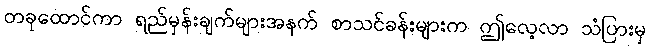
တခုထောင်ကာ ရည်မှန်းချက်များအနက် စာသင်ခန်းများက ဤလေ့လာ သံပြားမှ